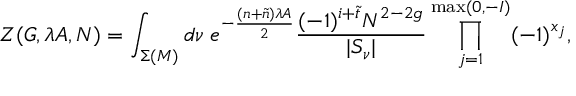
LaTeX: { \cal Z } ( G , \lambda A , N ) = \int _ { \Sigma ( { \cal M } ) } d \nu \; e ^ { - \frac { ( n + \tilde { n } ) \lambda A } { 2 } } \frac { ( - 1 ) ^ { i + \tilde { t } } N ^ { 2 - 2 g } } { | S _ { \nu } | } \prod _ { j = 1 } ^ { \operatorname * { m a x } ( 0 , - I ) } ( - 1 ) ^ { x _ { j } } ,